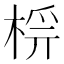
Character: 𣔔